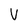
Character: V